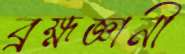
ব্রহ্মজ্ঞানী